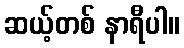
ဆယ့်တစ် နာရီပါ။